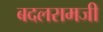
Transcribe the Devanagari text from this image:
बदलरामजी